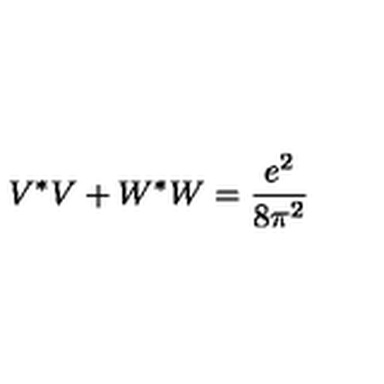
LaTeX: V ^ { * } V + W ^ { * } W = \frac { e ^ { 2 } } { 8 \pi ^ { 2 } }